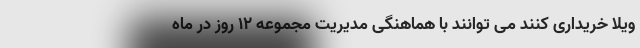
ویلا خریداری کنند می توانند با هماهنگی مدیریت مجموعه ۱۲ روز در ماه